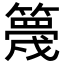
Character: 𥴸